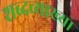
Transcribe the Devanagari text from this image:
शब्दव्याख्या